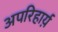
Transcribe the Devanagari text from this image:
अपरिहार्य़